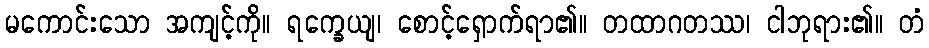
မကောင်းသော အကျင့်ကို။ ရက္ခေယျ၊ စောင့်ရှောက်ရာ၏။ တထာဂတဿ၊ ငါဘုရား၏။ တံ